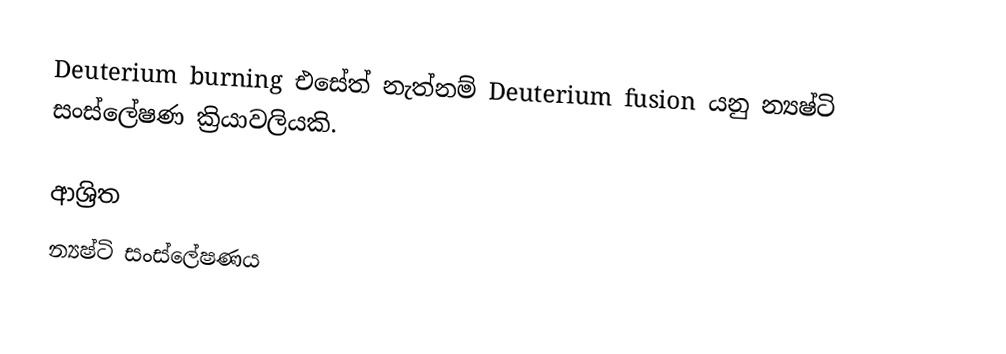
Deuterium burning එසේත් නැත්නම් Deuterium fusion යනු න්‍යෂ්ටි සංස්ලේෂණ ක්‍රියාවලියකි.

ආශ්‍රිත
 න්‍යෂ්ටි සංස්ලේෂණය